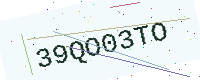
Text: 39QO03TO